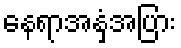
နေရာအနှံ့အပြား